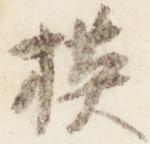
模